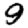
Digit: 9